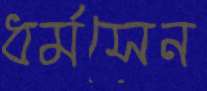
ধর্মসেন